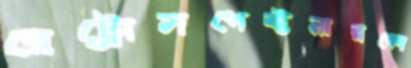
রেট্রোসপেক্টনারকো